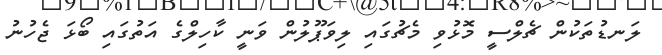
ލަނޑުތަކުން ޗެލްސީ މޮޅުވި މެޗުގައި ލިވަޕޫލުން ވަނީ ކާހިލްގެ އަތުގައި ބޯޅަ ޖެހުނު